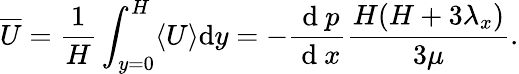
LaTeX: \overline{{U}}=\frac{1}{H}\int_{y=0}^{H}\langle U\rangle\mathrm{d}y=-\frac{\mathrm{~d~}p}{\mathrm{~d~}x}\frac{H(H+3\lambda_{x})}{3\mu}.